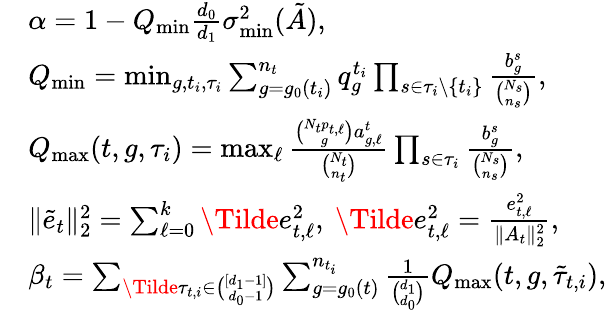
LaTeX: \begin{array}{rl}&{\alpha=1-Q_{\operatorname*{min}}\frac{d_{0}}{d_{1}}\sigma_{\operatorname*{min}}^{2}(\tilde{A}),}\\ &{Q_{\operatorname*{min}}=\operatorname*{min}_{g,t_{i},\tau_{i}}\sum_{g=g_{0}({t_{i}})}^{n_{t}}q_{g}^{t_{i}}\prod_{s\in\tau_{i}\setminus\{ t_{i}\} }\frac{b_{g}^{s}}{\binom{N_{s}}{n_{s}}},}\\ &{Q_{\operatorname*{max}}(t,g,\tau_{i})=\operatorname*{max}_{\ell}\frac{\binom{N_{t}p_{t,\ell}}{g}a_{g,\ell}^{t}}{\binom{N_{t}}{n_{t}}}\prod_{s\in\tau_{i}}\frac{b_{g}^{s}}{\binom{N_{s}}{n_{s}}},}\\ &{\| \widetilde{e}_{t}\| _{2}^{2}=\sum_{\ell=0}^{k}\Tilde{e}_{t,\ell}^{2},~\Tilde{e}_{t,\ell}^{2}=\frac{e_{t,\ell}^{2}}{\| A_{t}\| _{2}^{2}},}\\ &{\beta_{t}=\sum_{\Tilde{\tau}_{t,i}\in\binom{[d_{1}-1]}{d_{0}-1}}\sum_{g=g_{0}({t})}^{n_{t_{i}}}\frac{1}{\binom{d_{1}}{d_{0}}}Q_{\operatorname*{max}}(t,g,\tilde{\tau}_{t,i}),}\end{array}